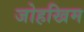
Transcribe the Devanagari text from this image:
जोहखिम